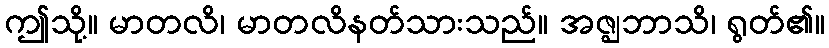
ဤသို့။ မာတလိ၊ မာတလိနတ်သားသည်။ အဇ္ဈဘာသိ၊ ရွတ်၏။